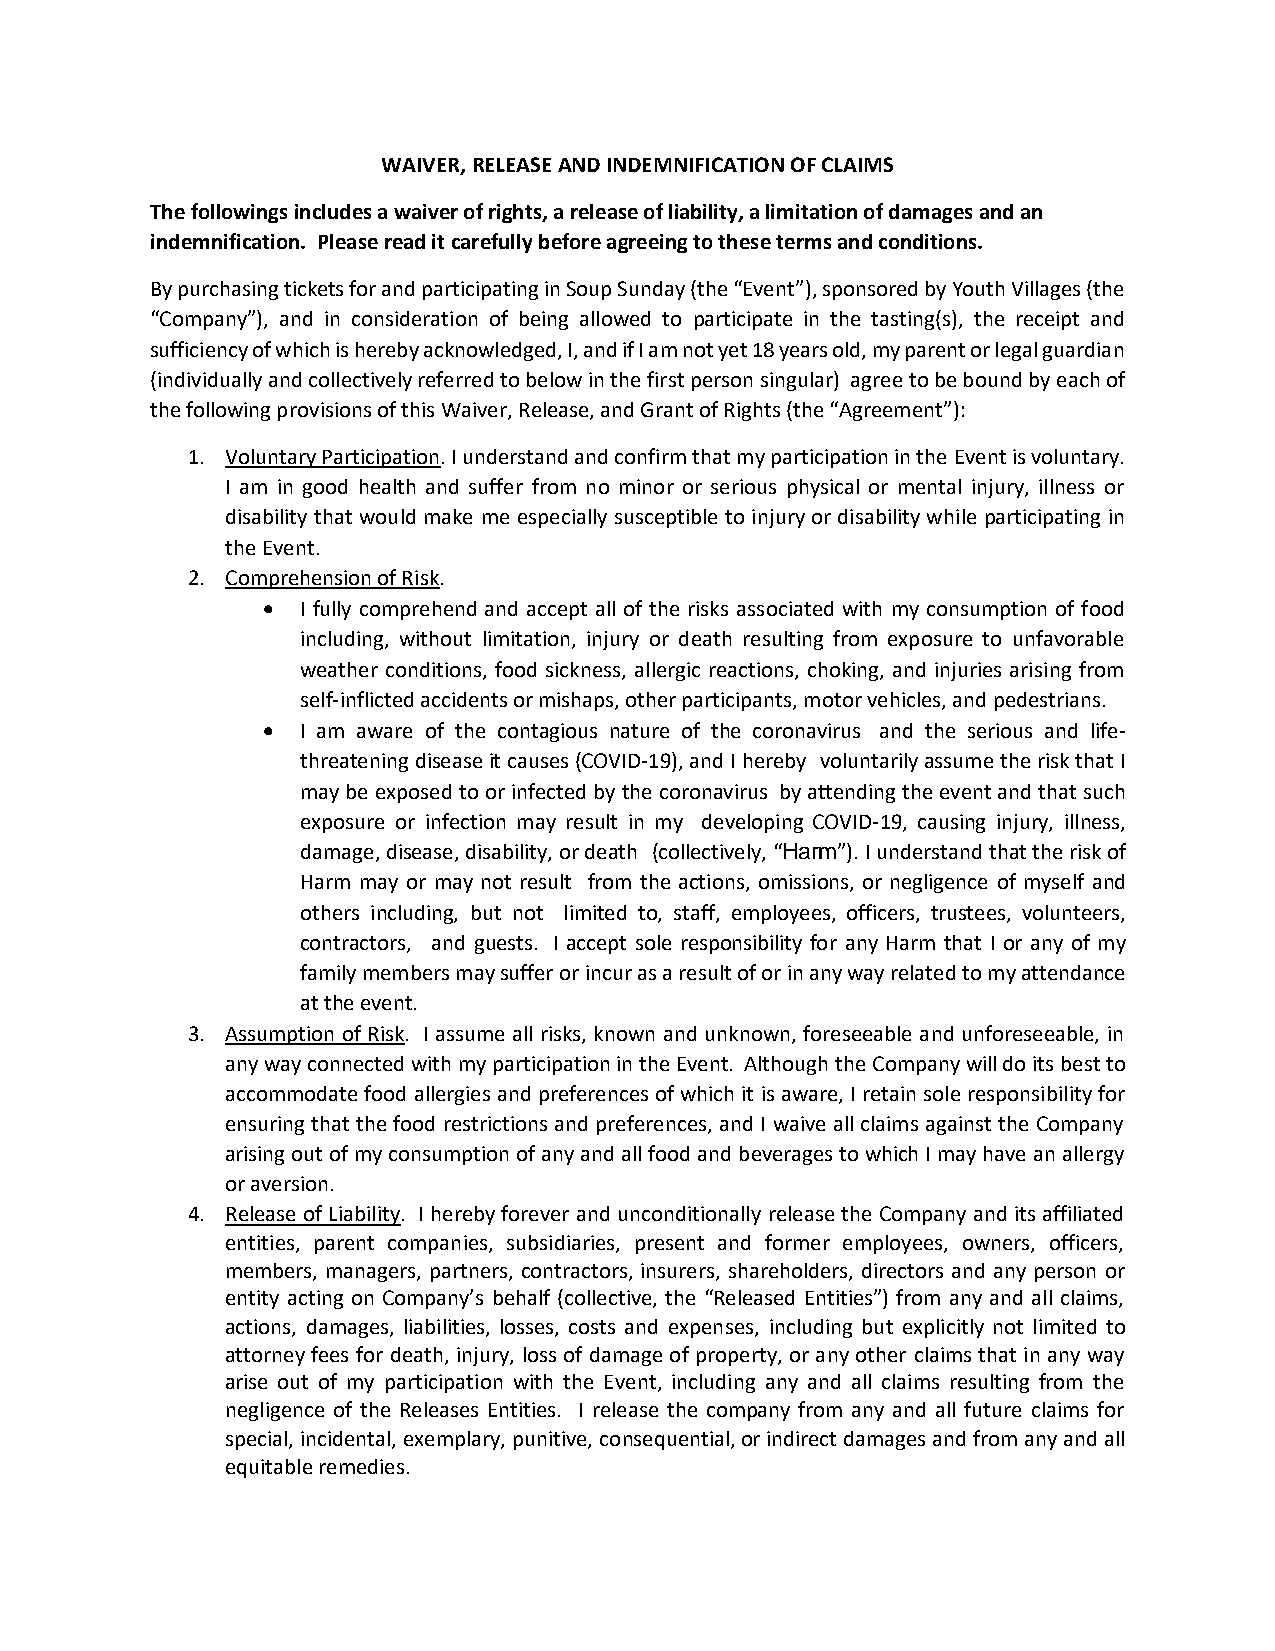
WAIVER, RELEASE AND INDEMNIFICATION OF CLAIMS
 The followings includes a waiver of rights, a release of liability, a limitation of damages and an
 indemnification. Please read it carefully before agreeing to these terms and conditions.
 By purchasing tickets for and participating in Soup Sunday (the “Event”), sponsored by Youth Villages (the
 “Company”), and in consideration of being allowed to participate in the tasting(s), the receipt and
 sufficiency of which is hereby acknowledged, I, and if I am not yet 18 years old, my parent or legal guardian
 (individually and collectively referred to below in the first person singular) agree to be bound by each of
 the following provisions of this Waiver, Release, and Grant of Rights (the “Agreement”):
 1. Voluntary Participation. I understand and confirm that my participation in the Event is voluntary.
 I am in good health and suffer from no minor or serious physical or mental injury, illness or
 disability that would make me especially susceptible to injury or disability while participating in
 the Event.
 2. Comprehension of Risk.
 •  I fully comprehend and accept all of the risks associated with my consumption of food
 including, without limitation, injury or death resulting from exposure to unfavorable
 weather conditions, food sickness, allergic reactions, choking, and injuries arising from
 self-inflicted accidents or mishaps, other participants, motor vehicles, and pedestrians.
 •  I am aware of the contagious nature of the coronavirus and the serious and life-
 threatening disease it causes (COVID-19), and I hereby voluntarily assume the risk that I
 may be exposed to or infected by the coronavirus by attending the event and that such
 exposure or infection may result in my developing COVID-19, causing injury, illness,
 damage, disease, disability, or death (collectively, “Harm”). I understand that the risk of
 Harm may or may not result from the actions, omissions, or negligence of myself and
 others including, but not limited to, staff, employees, officers, trustees, volunteers,
 contractors, and guests. I accept sole responsibility for any Harm that I or any of my
 family members may suffer or incur as a result of or in any way related to my attendance
 at the event.
 3. Assumption of Risk. I assume all risks, known and unknown, foreseeable and unforeseeable, in
 any way connected with my participation in the Event. Although the Company will do its best to
 accommodate food allergies and preferences of which it is aware, I retain sole responsibility for
 ensuring that the food restrictions and preferences, and I waive all claims against the Company
 arising out of my consumption of any and all food and beverages to which I may have an allergy
 or aversion.
 4. Release of Liability. I hereby forever and unconditionally release the Company and its affiliated
 entities, parent companies, subsidiaries, present and former employees, owners, officers,
 members, managers, partners, contractors, insurers, shareholders, directors and any person or
 entity acting on Company’s behalf (collective, the “Released Entities”) from any and all claims,
 actions, damages, liabilities, losses, costs and expenses, including but explicitly not limited to
 attorney fees for death, injury, loss of damage of property, or any other claims that in any way
 arise out of my participation with the Event, including any and all claims resulting from the
 negligence of the Releases Entities. I release the company from any and all future claims for
 special, incidental, exemplary, punitive, consequential, or indirect damages and from any and all
 equitable remedies.